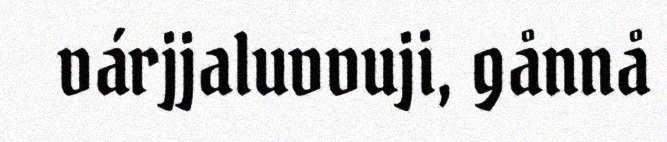
várjjaluvvuji, gånnå